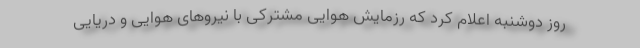
روز دوشنبه اعلام کرد که رزمایش هوایی مشترکی با نیروهای هوایی و دریایی